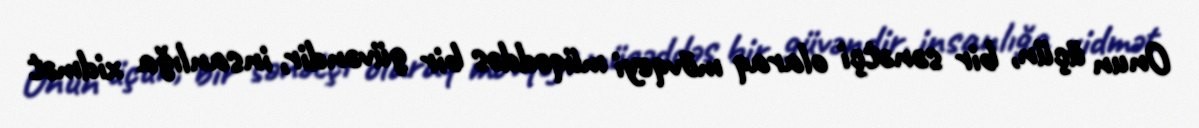
Onun üçün, bir sənətçi olaraq mövqeyi müqəddəs bir güvəndir, insanlığa xidmət